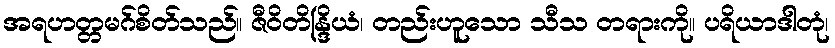
အရဟတ္တမဂ်စိတ်သည်။ ဇီဝိတိန္ဒြိယံ၊ တည်းဟူသော သီသ တရားကို။ ပရိယာဒါတုံ၊